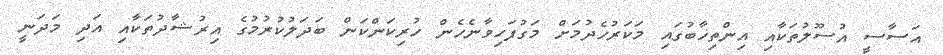
އަސާސީ އުސޫލުތަކާއި އިންތިޚާބުގައި މަކަރުހެދުމަށް މަގުފަހިވާނެހެން ހުރިކަންކަން ބަދަލުކުރުމުގެ އިރުޝާދުތަކާއި އަދި މަދަނީ